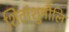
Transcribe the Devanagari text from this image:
शितांशुमौलि